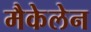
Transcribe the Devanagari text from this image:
मैकेलेन